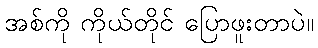
အစ်ကို ကိုယ်တိုင် ပြောဖူးတာပဲ။